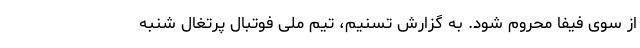
از سوی فیفا محروم شود. به گزارش تسنیم، تیم ملی فوتبال پرتغال شنبه